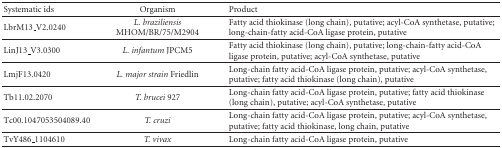
| Systematic ids | Organism | Product |
 | --- | --- | --- |
 | LbrM13_V2.0240 | L. braziliensis MHOM/BR/75/M2904 | Fatty acid thiokinase (long chain), putative; acyl-CoA synthetase, putative; long-chain-fatty acid-CoA ligase protein, putative |
 | LinJ13_V3.0300 | L. infantum JPCM5 | Fatty acid thiokinase (long chain), putative; long-chain-fatty acid-CoA ligase protein, putative; acyl-CoA synthetase, putative |
 | LmjF13.0420 | L. major strain Friedlin | Long-chain fatty acid-CoA ligase protein, putative; acyl-CoA synthetase, putative; fatty acid thiokinase (long chain), putative |
 | Tb11.02.2070 | T. brucei 927 | Long-chain fatty acid-CoA ligase protein, putative; fatty acid thiokinase (long chain), putative; acyl-CoA synthetase, putative |
 | Tc00.1047053504089.40 | T. cruzi | Long-chain fatty acid-CoA ligase protein, putative; acyl-CoA synthetase, putative; fatty acid thiokinase, long chain, putative |
 | TvY486_1104610 | T. vivax | Long-chain fatty acid-CoA ligase protein, putative |